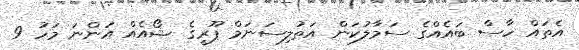
އެތައް ހާސް ބައެއްގެ ސަމާލުކަން އަތުލިސަނަމް ޕޫރީގެ ޝޯއެއް އަންނަ މަހު 9